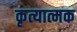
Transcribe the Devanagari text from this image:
कृत्यात्मक